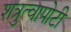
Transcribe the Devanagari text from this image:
शत्रुत्वापोटी